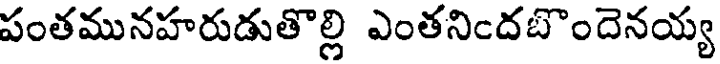
పంతమునహరుడుతొల్లి ఎంతనిందబొందెనయ్య